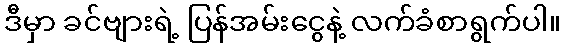
ဒီမှာ ခင်ဗျားရဲ့ ပြန်အမ်းငွေနဲ့ လက်ခံစာရွက်ပါ။